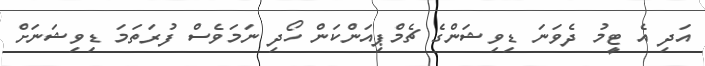
އަދި އެ ޓީމު ދެވަނަ ޑިވިޝަންގެ ޗެމްޕިއަންކަން ހޯދި ނަމަވެސް ފުރަތަމަ ޑިވިޝަނަށް